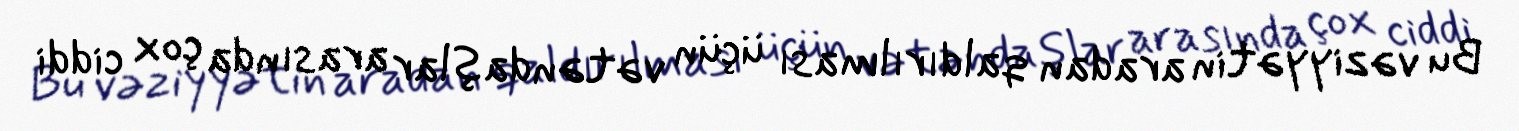
Bu vəziyyətin aradan qaldırılması üçün vətəndaşlar arasında çox ciddi